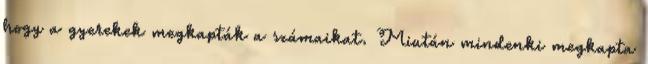
hogy a gyerekek megkapták a számaikat. Miután mindenki megkapta